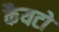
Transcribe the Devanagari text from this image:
कैयटो